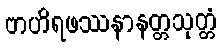
ဗာဟိရဖဿနာနတ္တသုတ္တံ